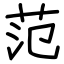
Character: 范